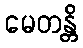
မေတန္တိ